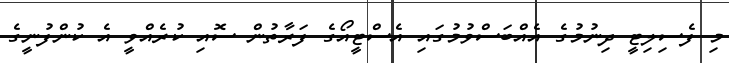
މި ފެސިލިޓީ ދިނުމުގެ އެއްބަސްވުމުގައި އެސްޓީއޯގެ ފަރާތުން ސޮއި ކުރެެއްވީ އެ ކުންފުނީގެ